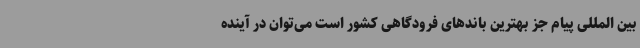
بین المللی پیام جز بهترین باندهای فرودگاهی کشور است می‌توان در آینده